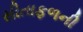
સીતાફળની